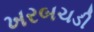
ખરબચડી